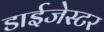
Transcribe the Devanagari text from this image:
डाईजेस्टर